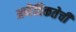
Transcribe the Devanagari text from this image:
अनैतिकतेची